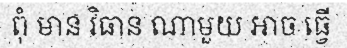
ពុំ មាន វិធាន ណាមួយ អាច ធ្វើ